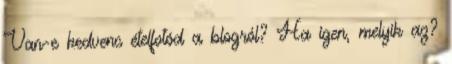
Van-e kedvenc ételfotód a blogról? Ha igen, melyik az?